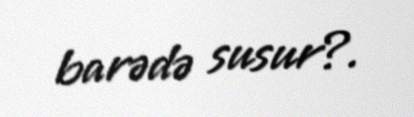
barədə susur?.